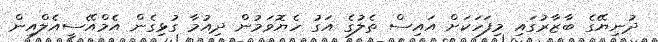
ދުނިޔޭގެ ބާޒާރުގައި މިފަހަކަށް އައިސް ތެލުގެ އަގު ހެޔޮވަމުން ދިއުމާ ގުޅިގެން އެމްއޭސީއެލްއިން